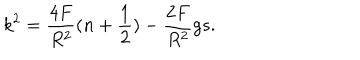
k ^ { 2 } = \frac { 4 F } { R ^ { 2 } } ( n + \frac { 1 } { 2 } ) - \frac { 2 F } { R ^ { 2 } } g s .